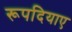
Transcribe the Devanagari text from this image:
रूपदियाए